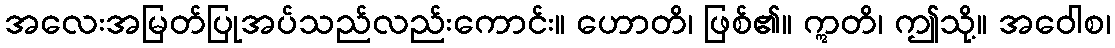
အလေးအမြတ်ပြုအပ်သည်လည်းကောင်း။ ဟောတိ၊ ဖြစ်၏။ ဣတိ၊ ဤသို့။ အဝေါစ၊